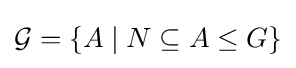
{\mathcal {G}}=\{A\mid N\subseteq A\leq G\}